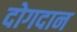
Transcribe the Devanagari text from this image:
दोगदान